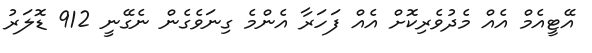
އޭޓީއެމް އެއް މެދުވެރިކޮށް އެއް ފަހަރާ އެންމެ ގިނަވެގެން ނެގޭނީ 912 ޑޮލަރު